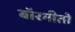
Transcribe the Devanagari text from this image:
बॉरगीतो